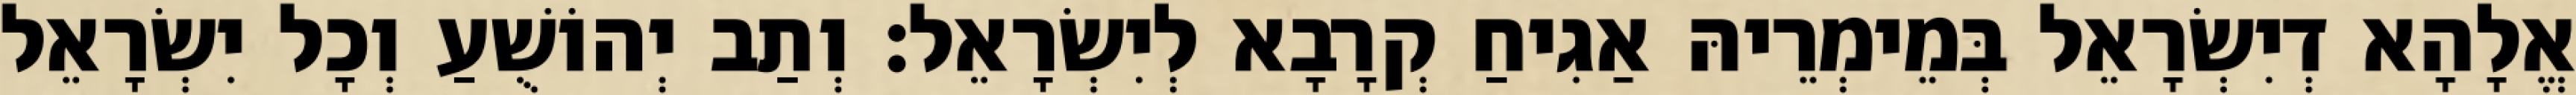
אֱלָהָא דְיִשְׂרָאֵל בְּמֵימְרֵיהּ אַגִיחַ קְרָבָא לְיִשְׂרָאֵל׃ וְתַב יְהוֹשֻׁעַ וְכָל יִשְׂרָאֵל